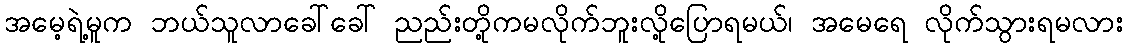
အမေ့ရဲ့မူက ဘယ်သူလာခေါ်ခေါ် ညည်းတို့ကမလိုက်ဘူးလို့ပြောရမယ်၊ အမေရေ လိုက်သွားရမလား